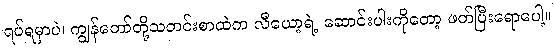
ရပ်ရမှာပဲ၊ ကျွန်တော်တို့သတင်းစာထဲက လီယော့ရဲ့ ဆောင်းပါးကိုတော့ ဖတ်ပြီးရောပေါ့။